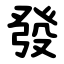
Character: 發